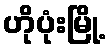
ဟိုပုံးမြို့